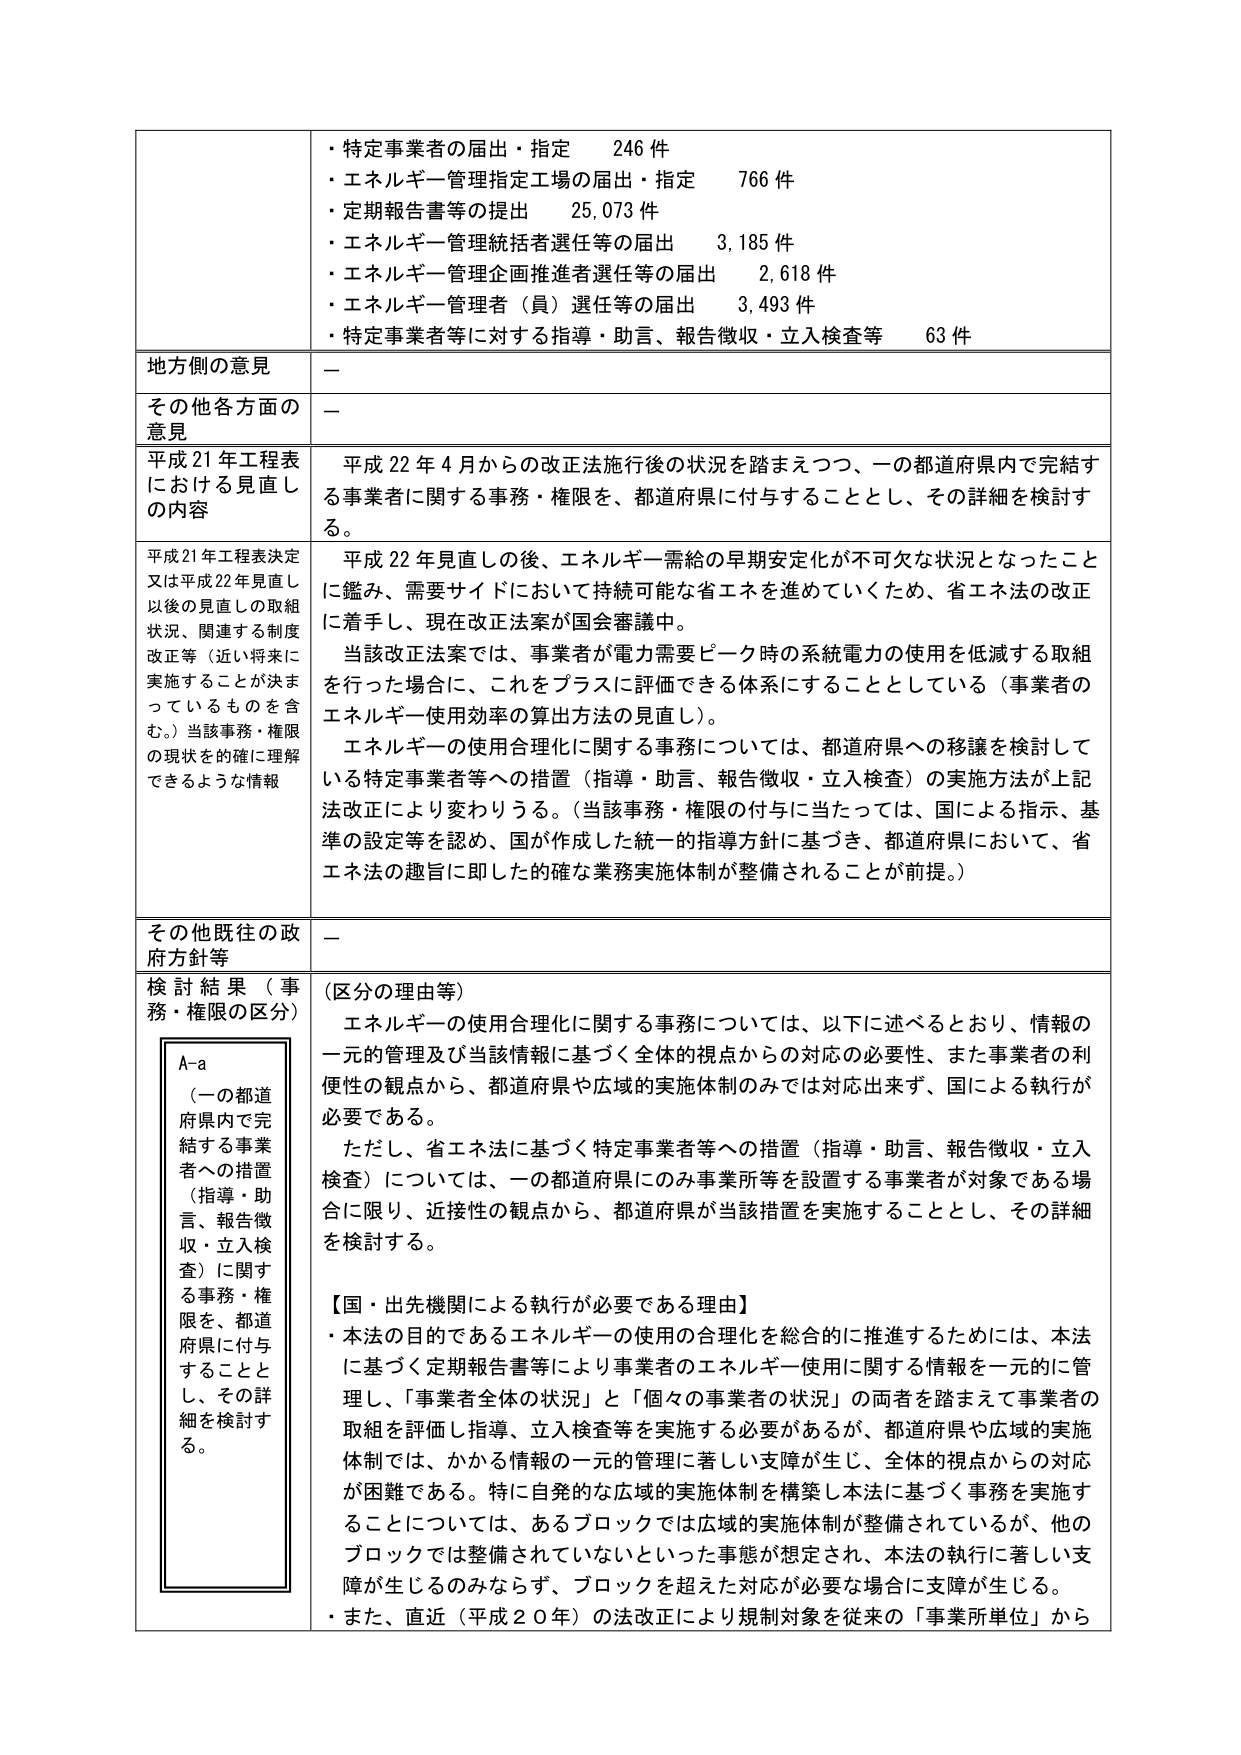
・特定事業者の届出・指定　246件
・エネルギー管理指定工場の届出・指定　766件
・定期報告書等の提出　25,073件
・エネルギー管理統括者選任等の届出　3,185件
・エネルギー管理企画推進者選任等の届出　2,618件
・エネルギー管理者（員）選任等の届出　3,493件
・特定事業者等に対する指導・助言、報告徴収・立入検査等　63件

地方側の意見　－

その他各方面の意見　－

平成21年工程表における見直しの内容　平成22年4月からの改正法施行後の状況を踏まえつつ、一の都道府県内で完結する事業者に関する事務・権限を、都道府県に付与することとし、その詳細を検討する。

平成21年工程表決定又は平成22年見直し以後の見直しの取組状況、関連する制度改正等（近い将来に実施することが決まっているものを含む。）当該事務・権限の現状を的確に理解できるような情報　平成22年見直しの後、エネルギー需給の早期安定化が不可欠な状況となったことに鑑み、需要サイドにおいて持続可能な省エネを進めていくため、省エネ法の改正に着手し、現在改正法案が国会審議中。
当該改正法案では、事業者が電力需要ピーク時の系統電力の使用を低減する取組を行った場合に、これをプラスに評価できる体系にすることとしている（事業者のエネルギー使用効率の算出方法の見直し）。
エネルギーの使用合理化に関する事務については、都道府県への移譲を検討している特定事業者等への措置（指導・助言、報告徴収・立入検査）の実施方法が上記法改正により変わりうる。（当該事務・権限の付与に当たっては、国による指示、基準の設定等を認め、国が作成した統一的指導方針に基づき、都道府県において、省エネ法の趣旨に即した的確な業務実施体制が整備されることが前提。）

その他既往の政府方針等　－

検討結果（事務・権限の区分）
A-a
（一の都道府県内で完結する事業者への措置（指導・助言、報告徴収・立入検査）に関する事務・権限を、都道府県に付与することとし、その詳細を検討する。）
（区分の理由等）
エネルギーの使用合理化に関する事務については、以下に述べるとおり、情報の一元的管理及び当該情報に基づく全体的視点からの対応の必要性、また事業者の利便性の観点から、都道府県や広域の実施体制のみでは対応出来ず、国による執行が必要である。
ただし、省エネ法に基づく特定事業者等への措置（指導・助言、報告徴収・立入検査）については、一の都道府県にのみ事業所等を設置する事業者が対象である場合に限り、近接性の観点から、都道府県が当該措置を実施することとし、その詳細を検討する。

【国・出先機関による執行が必要である理由】
・本法の目的であるエネルギーの使用の合理化を総合的に推進するためには、本法に基づく定期報告書等により事業者のエネルギー使用に関する情報を一元的に管理し、「事業者全体の状況」と「個々の事業者の状況」の両者を踏まえて事業者の取組を評価し指導、立入検査等を実施する必要があるが、都道府県や広域の実施体制では、かかる情報の一元的管理に著しい支障が生じ、全体的視点からの対応が困難である。特に自発的な広域の実施体制を構築し本法に基づく事務を実施することについては、あるブロックでは広域的実施体制が整備されているが、他のブロックでは整備されていないといった事態が想定され、本法の執行に著しい支障が生じるのみならず、ブロックを超えた対応が必要な場合に支障が生じる。
・また、直近（平成20年）の法改正により規制対象を従来の「事業所単位」から